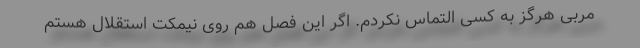
مربی هرگز به کسی التماس نکردم. اگر این فصل هم روی نیمکت استقلال هستم